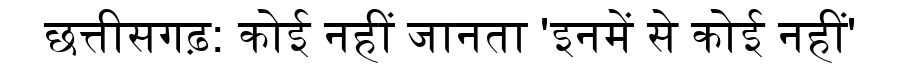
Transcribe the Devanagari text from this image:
छत्तीसगढ़: कोई नहीं जानता 'इनमें से कोई नहीं'